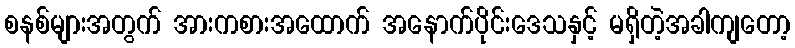
စနစ်များအတွက် အားကစားအထောက် အနောက်ပိုင်းဒေသနှင့် မရှိတဲ့အခါကျတော့